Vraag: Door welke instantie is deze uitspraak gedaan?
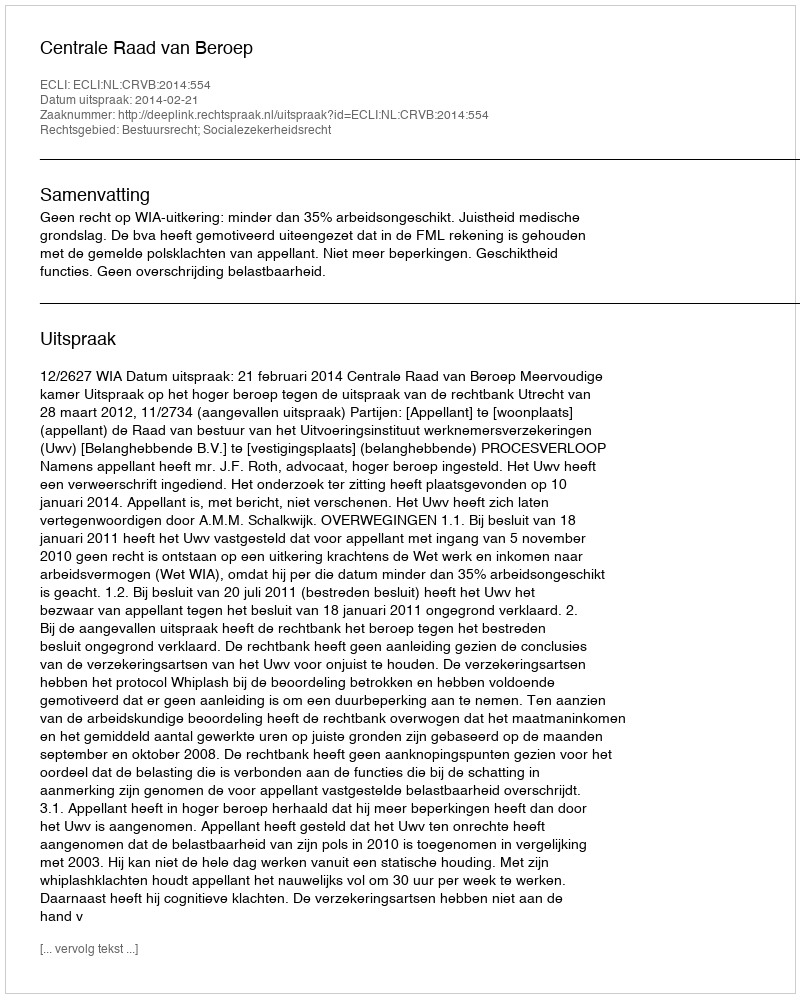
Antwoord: Centrale Raad van Beroep